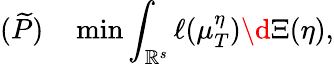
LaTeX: (\widetilde P)\quad\operatorname*{min}\int_{\mathbb{R}^{s}}\ell(\mu_{T}^{\eta})\d\Xi(\eta),